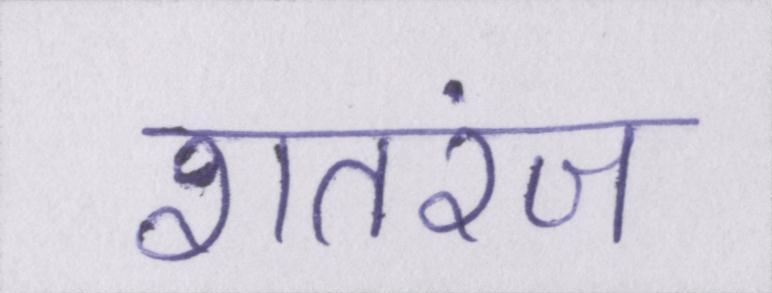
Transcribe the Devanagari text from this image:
शतरंज